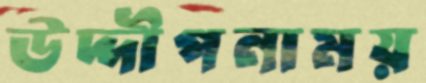
উদ্দীপনাময়